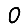
Digit: 0